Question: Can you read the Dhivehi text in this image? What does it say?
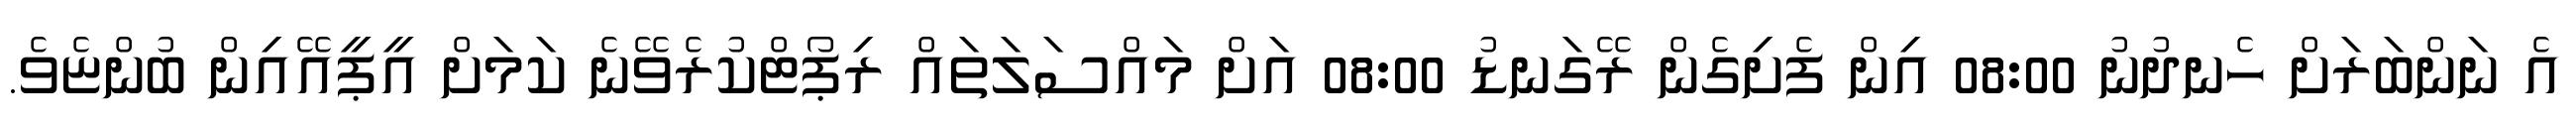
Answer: އެ ނަންބަރަށް ހެނދުނު 08:00 އިން ފެށިގެން ރޭގަނޑު 08:00 އަށް މައްސަލަތައް ރިޕޯޓްކުރެވޭނެ ކަމަށް އީޕީއޭއިން ބުންޏެވެ.